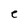
Character: e